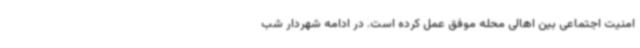
امنیت اجتماعی بین اهالی محله موفق عمل کرده است. در ادامه شهردار شب